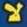
لا